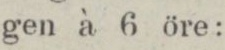
gen à 6 öre: